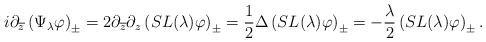
LaTeX: \begin{align*} i \partial_{ \overline{z}} \left( \Psi_{\lambda} \varphi \right)_{\pm} = 2 \partial_{\overline{z}} \partial_{z} \left( SL(\lambda) \varphi \right)_{\pm} = \frac{1}{2} \Delta \left( SL(\lambda) \varphi \right)_{\pm} = - \frac{\lambda}{2} \left( SL(\lambda) \varphi \right)_{\pm}.\end{align*}